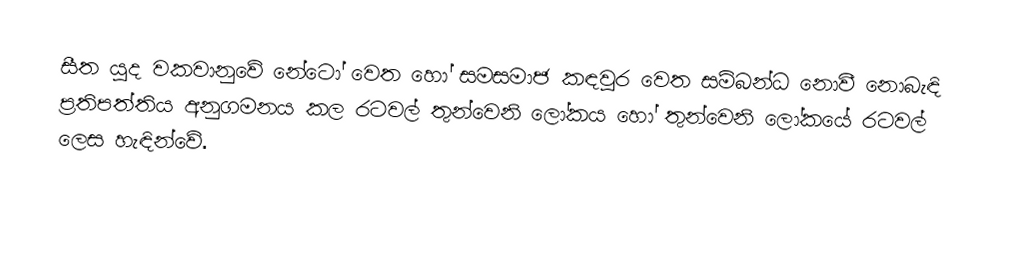
සීත යුද වකවානුවේ නේටෝ වෙත හෝ සමසමාජ කඳවුර වෙත සම්බන්ධ නොවී නොබැඳි ප්‍රතිපත්තිය අනුගමනය කල රටවල් තුන්වෙනි ලෝකය හෝ තුන්වෙනි ලෝකයේ රටවල් ලෙස හැඳින්වේ.